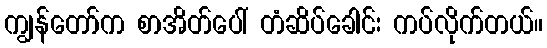
ကျွန်တော်က စာအိတ်ပေါ် တံဆိပ်ခေါင်း ကပ်လိုက်တယ်။